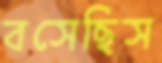
বসেছিস